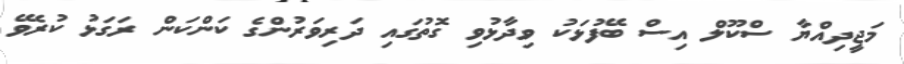
މަޖީދިއްޔާ ސްކޫލް އިސް ބޭފުޅަކު ވިދާޅުވި ގޮތުގައި ދަރިވަރުންގެ ކަންކަން ރަގަޅު ކުރެވޭ